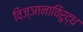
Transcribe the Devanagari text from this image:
विज्ञानाविरुद्ध